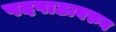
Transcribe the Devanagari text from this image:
पदपाठावरुन